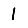
Digit: 1